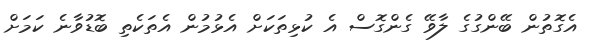
އެގޮތުން ބޭންގުގެ ލާވޭ ގެންގޮސް އެ ކުޅިތަކަށް އެޅުމުން އެތަކެތި ބޮޑުވާނެ ކަމަށް